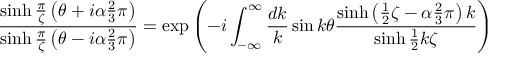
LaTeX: \frac { \sinh \frac { \pi } { \zeta } \left( \theta + i \alpha \frac { 2 } { 3 } \pi \right) } { \sinh \frac { \pi } { \zeta } \left( \theta - i \alpha \frac { 2 } { 3 } \pi \right) } = \exp \left( - i \int _ { - \infty } ^ { \infty } \frac { d k } { k } \sin k \theta \frac { \sinh \left( \frac { 1 } { 2 } \zeta - \alpha \frac { 2 } { 3 } \pi \right) k } { \sinh \frac { 1 } { 2 } k \zeta } \right)